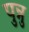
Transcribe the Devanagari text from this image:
पुन्नु